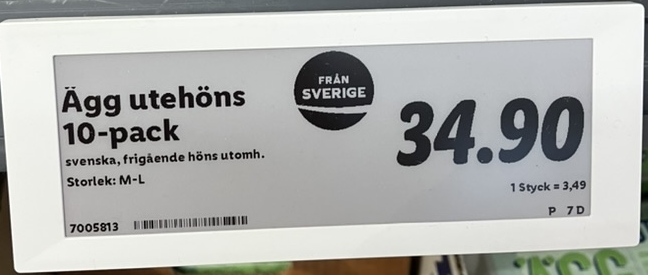
Vara: Ägg utehöns 10-pack
Genomsnittspris: 3.49 per st